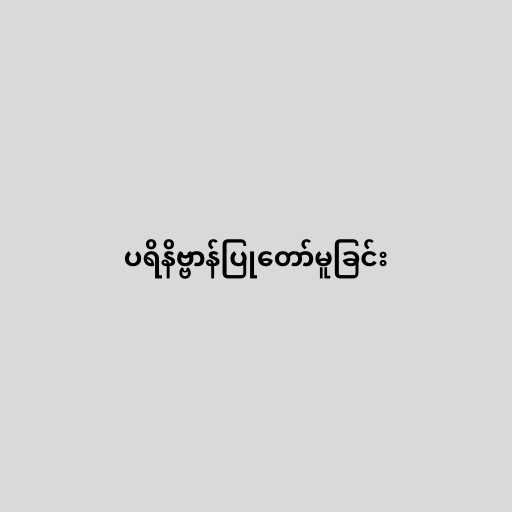
ပရိနိဗ္ဗာန်ပြုတော်မူခြင်း